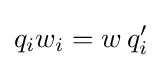
q_{i}w_{i}=w\,q_{i}'